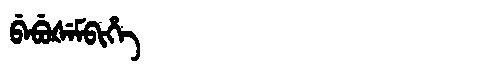
Manchu: ᠪᡝᠪᡠᡧᡝᠮᠪᡳᡥᡝ
Romanization: BEBUŠEMBIHE